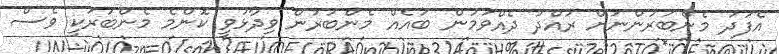
އެފަދަ މެންބަރުންނަށް ރައްދު ދެއްވަމުން ބައެއް މެންބަރުން ވިދާޅުވީ ކޮންމެ މެންބަރަކީ ވެސް